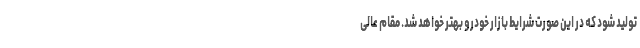
تولید شود که در این صورت شرایط بازار خودرو بهتر خواهد شد. مقام عالی